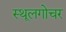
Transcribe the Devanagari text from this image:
स्थूलगोचर